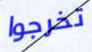
تخرجوا